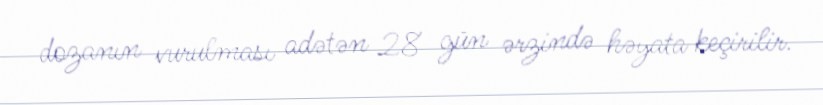
dozanın vurulması adətən 28 gün ərzində həyata keçirilir.